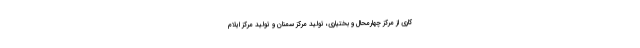
کاری از مرکز چهارمحال و بختیاری، تولید مرکز سمنان و تولید مرکز ایلام